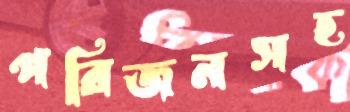
পরিজনসহ